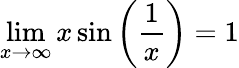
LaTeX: \operatorname*{lim}_{x\to\infty}x\sin\left({\frac{1}{x}}\right)=1